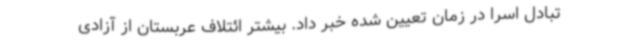
تبادل اسرا در زمان تعیین شده خبر داد. بیشتر ائتلاف عربستان از آزادی